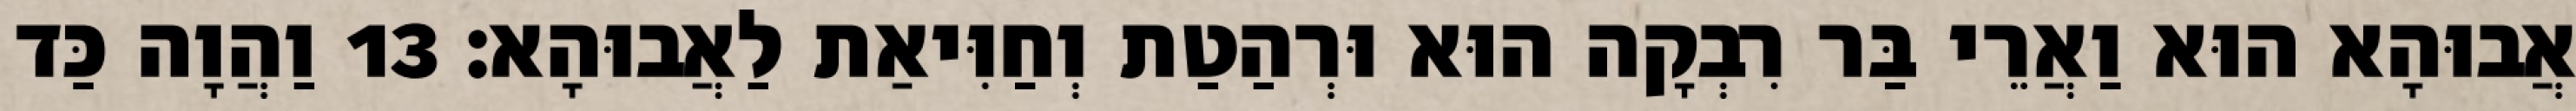
אֲבוּהָא הוּא וַאֲרֵי בַּר רִבְקָה הוּא וּרְהַטַת וְחַוִּיאַת לַאֲבוּהָא׃ 13 וַהֲוָה כַּד